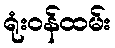
ရုံးဝန်ထမ်း